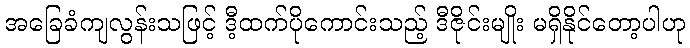
အခြေခံကျလွန်းသဖြင့် ဒီ့ထက်ပိုကောင်းသည့် ဒီဇိုင်းမျိုး မရှိနိုင်တော့ပါဟု